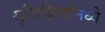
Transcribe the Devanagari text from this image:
सुशिक्षितांमध्ये